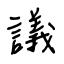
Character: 議